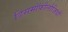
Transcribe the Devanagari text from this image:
डिसमॉफौलौजियाँ